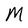
Character: M